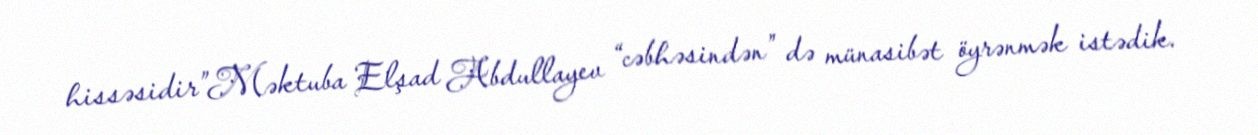
hissəsidir”Məktuba Elşad Abdullayev “cəbhəsindən” də münasibət öyrənmək istədik.